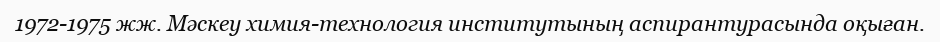
1972-1975 жж. Мәскеу химия-технология институтының аспирантурасында оқыған.